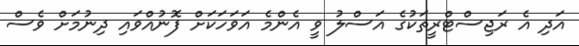
އަދި އެ ރަޖިސްޓްރީތަކުގެ އަސްލު ވީ އެންމެ އަވަހަކަށް ފޮނުއްވައި ދިނުމަށް ވެސް